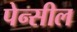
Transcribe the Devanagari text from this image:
पेन्सील